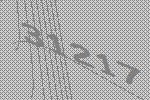
31217